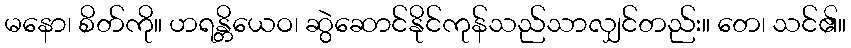
မနော၊ စိတ်ကို။ ဟရန္တိယေဝ၊ ဆွဲဆောင်နိုင်ကုန်သည်သာလျှင်တည်း။ တေ၊ သင်၏။